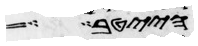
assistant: הייטב